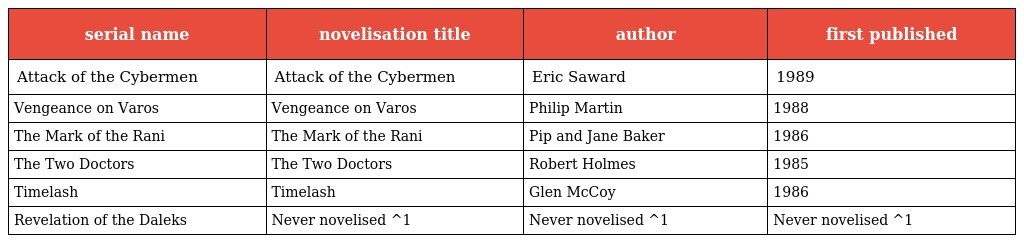
| serial name | novelisation title | author | first published |
 | --- | --- | --- | --- |
 | Attack of the Cybermen | Attack of the Cybermen | Eric Saward | 1989 |
 | Vengeance on Varos | Vengeance on Varos | Philip Martin | 1988 |
 | The Mark of the Rani | The Mark of the Rani | Pip and Jane Baker | 1986 |
 | The Two Doctors | The Two Doctors | Robert Holmes | 1985 |
 | Timelash | Timelash | Glen McCoy | 1986 |
 | Revelation of the Daleks | Never novelised ^1 | Never novelised ^1 | Never novelised ^1 |